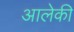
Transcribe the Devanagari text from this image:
आलेकी